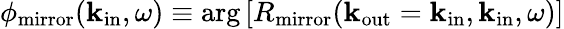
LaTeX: \phi_{\mathrm{mirror}}({\mathbf k}_{\mathrm{in}},\omega)\equiv\mathrm{arg}\left[R_{\mathrm{mirror}}(\textbf{k}_{\mathrm{out}}=\textbf{k}_{\mathrm{in}},\textbf{k}_{\mathrm{in}},\omega)\right]